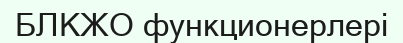
БЛКЖО функционерлері